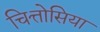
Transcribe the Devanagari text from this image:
चित्तोसिया